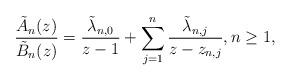
LaTeX: \begin{align*} \frac{\tilde{A}_n(z)}{\tilde{B}_n(z)} = \frac{\tilde{\lambda}_{n,0}}{z-1} + \sum_{j=1}^{n} \frac{\tilde{\lambda}_{n,j}}{z-z_{n,j}}, n \geq 1,\end{align*}